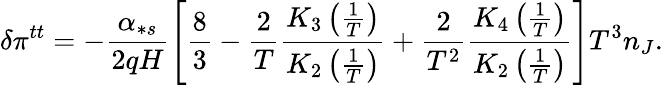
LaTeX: \delta\pi^{tt}=-\frac{\alpha_{\ast s}}{2qH}\left[\frac{8}{3}-\frac{2}{T}\frac{K_{3}\left(\frac{1}{T}\right)}{K_{2}\left(\frac{1}{T}\right)}+\frac{2}{T^{2}}\frac{K_{4}\left(\frac{1}{T}\right)}{K_{2}\left(\frac{1}{T}\right)}\right]T^{3}n_{J}.